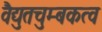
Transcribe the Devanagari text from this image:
वैद्युतचुम्बकत्व